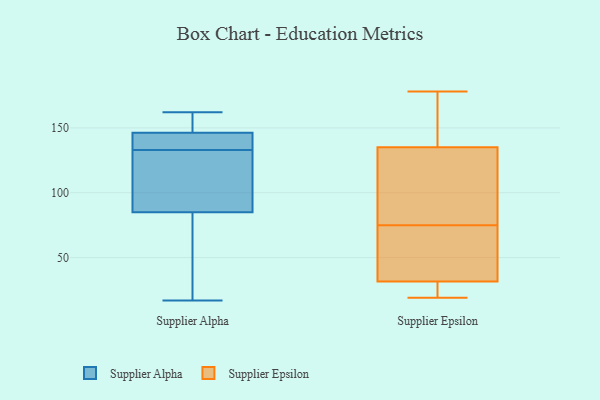
{"axis": {"x": "Population (Million)", "y": "Value"}, "legend": ["Supplier Alpha", "Supplier Epsilon"], "data": [{"x": "", "y": 38, "type": "Supplier Alpha"}, {"x": "", "y": 136, "type": "Supplier Alpha"}, {"x": "", "y": 148, "type": "Supplier Alpha"}, {"x": "", "y": 116, "type": "Supplier Alpha"}, {"x": "", "y": 85, "type": "Supplier Alpha"}, {"x": "", "y": 162, "type": "Supplier Alpha"}, {"x": "", "y": 85, "type": "Supplier Alpha"}, {"x": "", "y": 17, "type": "Supplier Alpha"}, {"x": "", "y": 157, "type": "Supplier Alpha"}, {"x": "", "y": 133, "type": "Supplier Alpha"}, {"x": "", "y": 141, "type": "Supplier Alpha"}, {"x": "", "y": 178, "type": "Supplier Epsilon"}, {"x": "", "y": 136, "type": "Supplier Epsilon"}, {"x": "", "y": 49, "type": "Supplier Epsilon"}, {"x": "", "y": 75, "type": "Supplier Epsilon"}, {"x": "", "y": 22, "type": "Supplier Epsilon"}, {"x": "", "y": 27, "type": "Supplier Epsilon"}, {"x": "", "y": 82, "type": "Supplier Epsilon"}, {"x": "", "y": 132, "type": "Supplier Epsilon"}, {"x": "", "y": 45, "type": "Supplier Epsilon"}, {"x": "", "y": 19, "type": "Supplier Epsilon"}, {"x": "", "y": 161, "type": "Supplier Epsilon"}]}